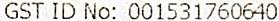
GST ID NO: 001531760640